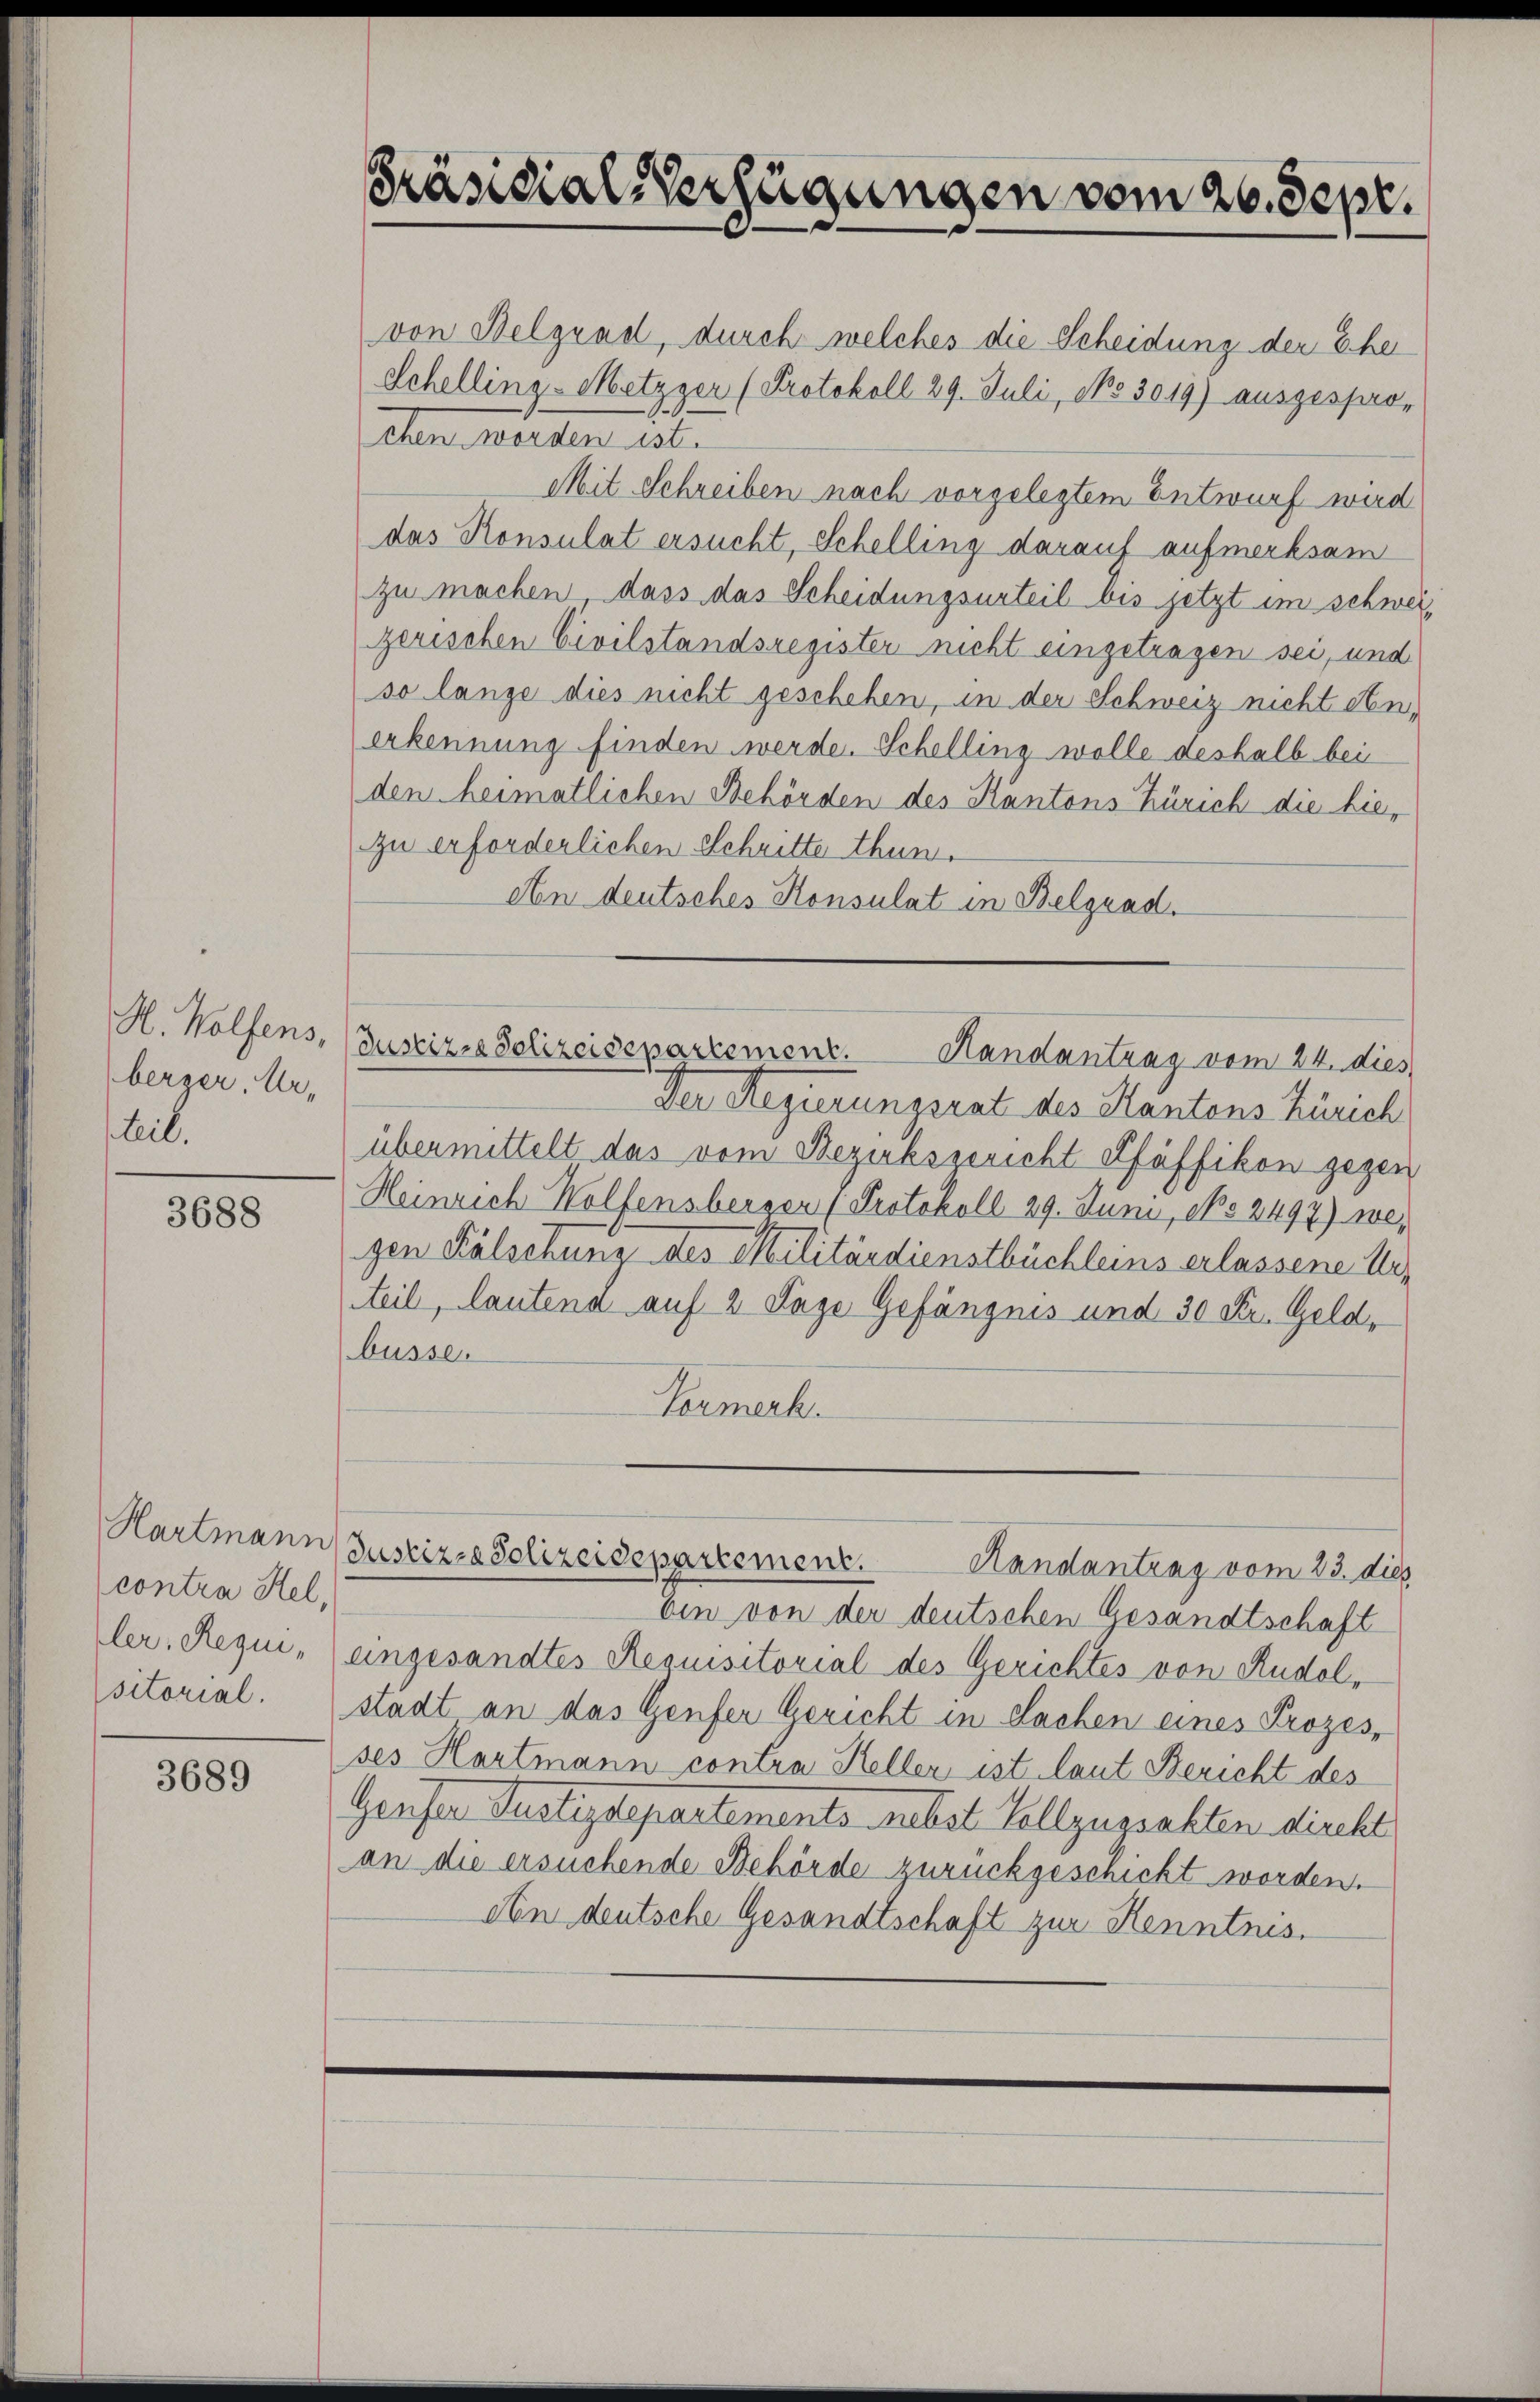
H. Wolfens,
berger, Arteil.

3688

Hartmann
contra Hel,

3689

Präsidial-Verfügungen vom 26. Sept.

s

von Belgrad, durch welches die Scheidung der Eher
Schelling-Metzger (Protokoll 29. Juli, No 3019) ausgespro-
chen worden ist.
Mit Schreiben nach vorgelegtem Entwurf wird
das Konsulat ersucht, Schelling darauf aufmerksam
zu machen, dass das Scheidungsurteil bis jetzt im schwei
gerischen Civilstandsregister nicht eingetragen sei, und
so lange dies nicht geschehen, in der Schweiz nicht An
erkennung finden werde. Schelling wolle deshalb bei
den heimatlichen Behörden des Kantons Zürich die hiezu erforderlichen Schritte thun.
An deutsches Konsulat in Belgrad.
Justizen Solizeidepartement.
Handantrag vom 24. dies
Der Regierungsrat des Kantons Zürich
übermittelt das vom Bezirksgericht Pfäffikon gegen
Heinrich Wolfensberger (Protokoll 29. Juni, po 2497) wegen Fälschung des Militärdienstbüchleins erlassene Urteil, lautena auf 2 Tage Gefängnis und 30 Fr. Geld,
büsse.
Parmerk.

bin von der deutschen Gesandtschaft
ler, Requi, eingesandtes Requisitorial des Gerichtes von Rudolsitorial. Stadt an das Genfer Gericht in Sachen eines Prozes-
ses Hartmann contra Keller ist laut Bericht des
Geeser Justizdepartements nebst Vollzugsakten direkt
an die ersuchende Behörde zurückgeschickt worden.
An deutsche Gesandtschaft zur Kenntnis

Justizza Solizeidepartement.
Randantrag vom 23. dies